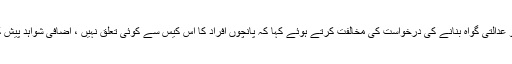
نیب نے ویڈیو اسکینڈل میں پانچ افراد کو عدالتی گواہ بنانے کی درخواست کی مخالفت کرتے ہوئے کہا کہ پانچوں افراد کا اس کیس سے کوئی تعلق نہیں ، اضافی شواہد پیش کرنے کی کوئی نظیر بھی موجود نہیں ۔